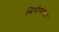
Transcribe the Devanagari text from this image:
मिनीयौस्टा